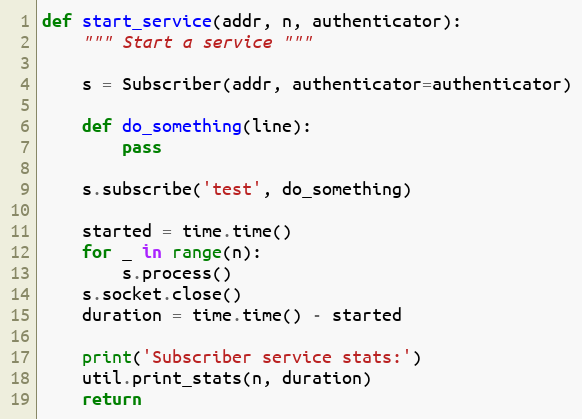
Language: Python
def start_service(addr, n, authenticator):
    """ Start a service """

    s = Subscriber(addr, authenticator=authenticator)

    def do_something(line):
        pass

    s.subscribe('test', do_something)

    started = time.time()
    for _ in range(n):
        s.process()
    s.socket.close()
    duration = time.time() - started

    print('Subscriber service stats:')
    util.print_stats(n, duration)
    return